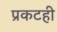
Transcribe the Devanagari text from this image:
प्रकटही